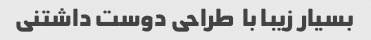
بسیار زیبا با  طراحی دوست داشتنی